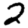
Digit: 2